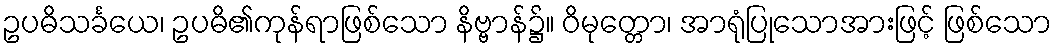
ဥပဓိသင်္ခယေ၊ ဥပဓိ၏ကုန်ရာဖြစ်သော နိဗ္ဗာန်၌။ ဝိမုတ္တော၊ အာရုံပြုသောအားဖြင့် ဖြစ်သော